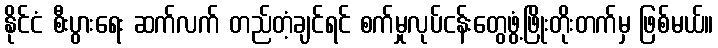
နိုင်ငံ စီးပွားရေး ဆက်လက် တည်တံ့ချင်ရင် စက်မှုလုပ်ငန်းတွေဖွံ့ဖြိုးတိုးတက်မှ ဖြစ်မယ်။